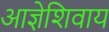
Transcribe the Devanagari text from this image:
आज्ञेशिवाय